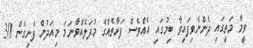
ވީމާ މަތީގައި ދެންނެވިފައިވާ ބިމުގައި އެއްވެސް ފަރާތެއްގެ މުދަލެއްވާނަމަ މިއަދުން ފެށިގެން 30